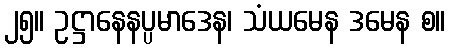
၂၅။ ဥဋ္ဌာနေနပ္ပမာဒေန၊ သံယမေန ဒမေန စ။